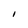
Character: I